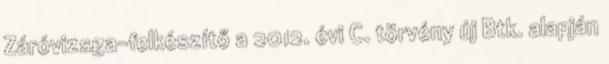
Záróvizsga-felkészítő a 2012. évi C. törvény új Btk. alapján